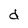
Character: d